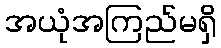
အယုံအကြည်မရှိ